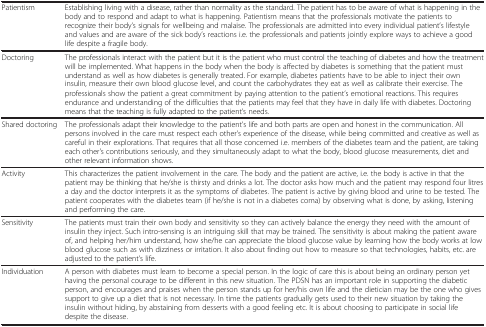
|  |  |
 | --- | --- |
 | Patientism | Establishing living with a disease, rather than normality as the standard. The patient has to be aware of what is happening in the body and to respond and adapt to what is happening. Patientism means that the professionals motivate the patients to recognize their body’s signals for wellbeing and malaise. The professionals are admitted into every individual patient’s lifestyle and values and are aware of the sick body’s reactions i.e. the professionals and patients jointly explore ways to achieve a good life despite a fragile body. |
 | Doctoring | The professionals interact with the patient but it is the patient who must control the teaching of diabetes and how the treatment will be implemented. What happens in the body when the body is affected by diabetes is something that the patient must understand as well as how diabetes is generally treated. For example, diabetes patients have to be able to inject their own insulin, measure their own blood glucose level, and count the carbohydrates they eat as well as calibrate their exercise. The professionals show the patient a great commitment by paying attention to the patient’s emotional reactions. This requires endurance and understanding of the difficulties that the patients may feel that they have in daily life with diabetes. Doctoring means that the teaching is fully adapted to the patient’s needs. |
 | Shared doctoring | The professionals adapt their knowledge to the patient’s life and both parts are open and honest in the communication. All persons involved in the care must respect each other's experience of the disease, while being committed and creative as well as careful in their explorations. That requires that all those concerned i.e. members of the diabetes team and the patient, are taking each other's contributions seriously, and they simultaneously adapt to what the body, blood glucose measurements, diet and other relevant information shows. |
 | Activity | This characterizes the patient involvement in the care. The body and the patient are active, i.e. the body is active in that the patient may be thinking that he/she is thirsty and drinks a lot. The doctor asks how much and the patient may respond four litres a day and the doctor interprets it as the symptoms of diabetes. The patient is active by giving blood and urine to be tested. The patient cooperates with the diabetes team (if he/she is not in a diabetes coma) by observing what is done, by asking, listening and performing the care. |
 | Sensitivity | The patients must train their own body and sensitivity so they can actively balance the energy they need with the amount of insulin they inject. Such intro-sensing is an intriguing skill that may be trained. The sensitivity is about making the patient aware of, and helping her/him understand, how she/he can appreciate the blood glucose value by learning how the body works at low blood glucose such as with dizziness or irritation. It also about finding out how to measure so that technologies, habits, etc. are adjusted to the patient’s life. |
 | Individuation | A person with diabetes must learn to become a special person. In the logic of care this is about being an ordinary person yet having the personal courage to be different in this new situation. The PDSN has an important role in supporting the diabetic person, and encourages and praises when the person stands up for her/his own life and the dietician may be the one who gives support to give up a diet that is not necessary. In time the patients gradually gets used to their new situation by taking the insulin without hiding, by abstaining from desserts with a good feeling etc. It is about choosing to participate in social life despite the disease. |